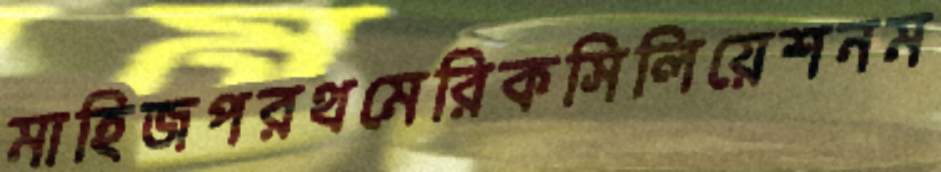
মাহিজপরথমেরিকসিলিয়েশনম